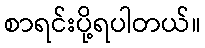
စာရင်းပို့ရပါတယ်။